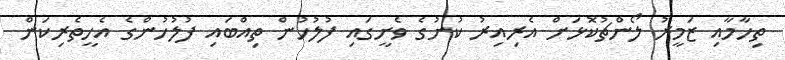
ތިހާމާއި ޒަމީރު ލޯންޗުކޮޅަށް އެރިއިރު ކުށުގެ ވެށީގައި ފުލުހުން ތިއްބައި ފުލުހުންގެ އެހީތެރިކަން